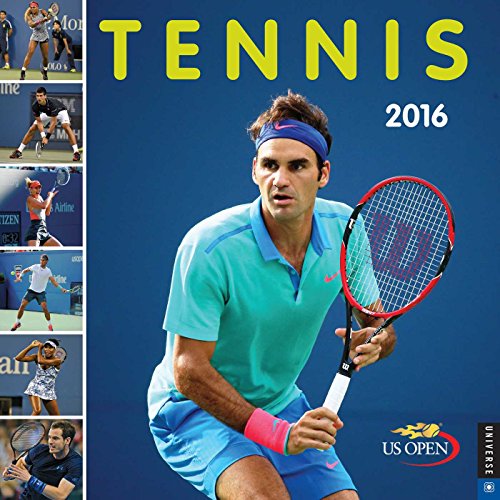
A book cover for Tennis 2016 Wall Calendar: The Official US Open Calendar; United States Tennis Association; Calendars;